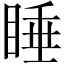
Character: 睡